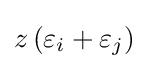
z\left(\varepsilon _{i}+\varepsilon _{j}\right)